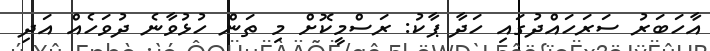
އާހަބަރު ސަރަހައްދުގައި ހަދާ ޕާކު: ރަސްމީކޮށް މި ތަން ހުޅުވާނެ ދުވަހެއް އަދި